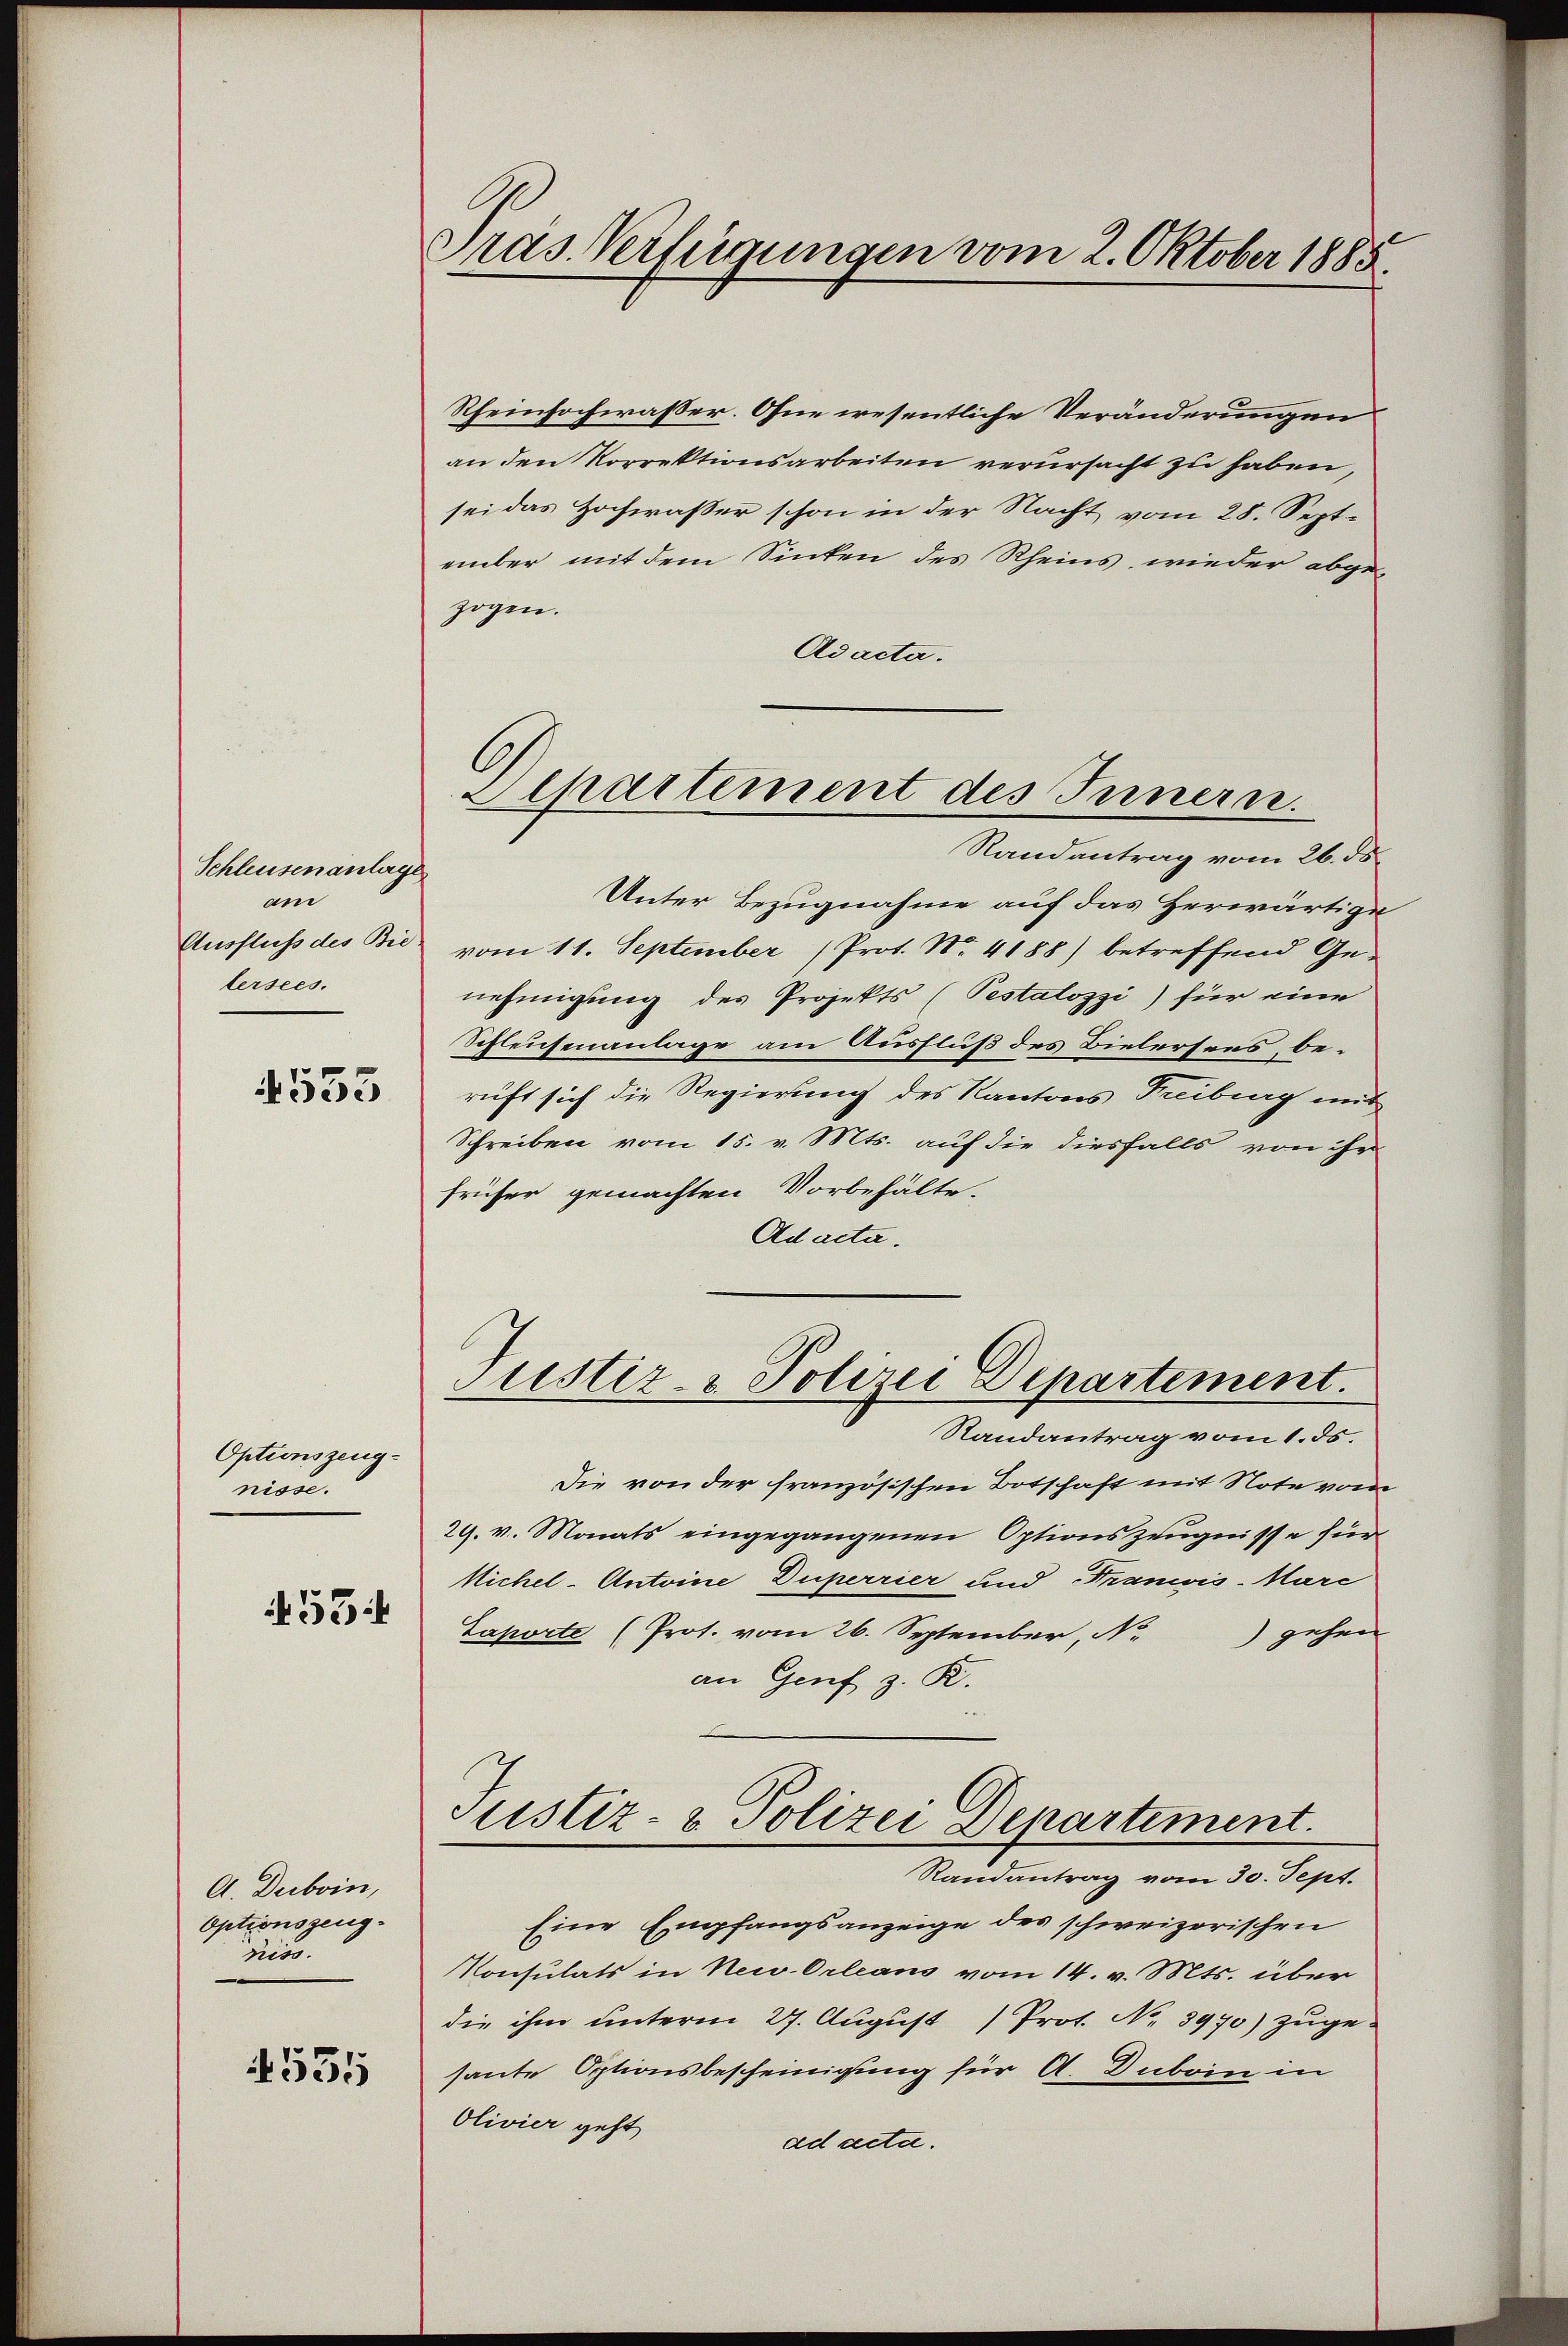
Schleusenanlage
am
lersees.

4533

Optionszeug-
nisse.
53:

A. Duboin,
Optionszeugniss

535

Pras. Verfügungen vom 2. Oktober 1885.

Rheinhochwasser. Ohne wesentliche Veränderungen
an den Vorrektionsarbeiten verursacht zu haben,
sei das Hochwasser schon in der Nacht vom 28. September mit dem Sinken des Rheins, wieder abgezogen.
Adacta.
Randantrag vom 26. ds.
Unter Bezugnahme auf das Herwärtige
Ausfluss des Bie vom 11. September (Prot. No. 4188) betreffend Ge-
nehmigung des Projekts (Pestalozzi) für eine
Schleichenanlage am Ausfluß des Bielersees, beruft sich die Regierung des Kantons Freiburg mit
Schreiben vom 15. v. Mts. auf die diesfalls von ihr
früher gemachten Vorbehälte.
Ad acta.
Justiz- & Polizei Departement.
Randantrag vom 1. 35.
Die von der französischen Botschaft mit Note vom
29. v. Monats eingegangenen Optionszeugnisse für
Nichel-Antoine Duperrier und Francis-Marc
Saporte (Prot. vom 26. September, No
) gehen
an Genf z. R.
Justiz- & Polizei Departement.
Randantrag vom 30. Sept.
Eine Empfangsanzeige des schweizerischen
Konsulats in New-Orleans vom 14. v. Mts. über
die ihm unterm 27. August Prot. No. 3970) zugesante Optionsbescheinigung für A. Duboin in
Olivier geht
ad acta.

C
Lepartement des Innern.